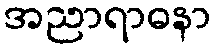
အညာရာဓနာ